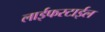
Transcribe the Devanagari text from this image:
लाईफस्टाईल